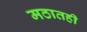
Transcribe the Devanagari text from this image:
मठातही